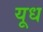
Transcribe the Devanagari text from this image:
यूध